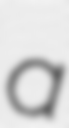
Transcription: a